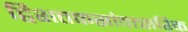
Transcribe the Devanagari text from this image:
द्विशतकसांवत्सरिक